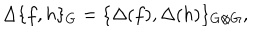
\Delta \{ f , h \} _ { G } = \{ \Delta ( f ) , \Delta ( h ) \} _ { G \otimes G } ,